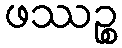
ဖဿဉ္စ